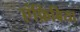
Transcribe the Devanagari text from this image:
एंफ़िबिया